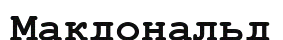
Макдональд